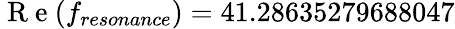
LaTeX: \mathrm{~R~e~}(f_{resonance})=41.28635279688047